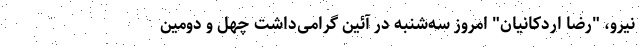
نیرو، "رضا اردکانیان" امروز سه‌شنبه در آئین گرامی‌داشت چهل و دومین